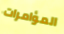
المؤامرات